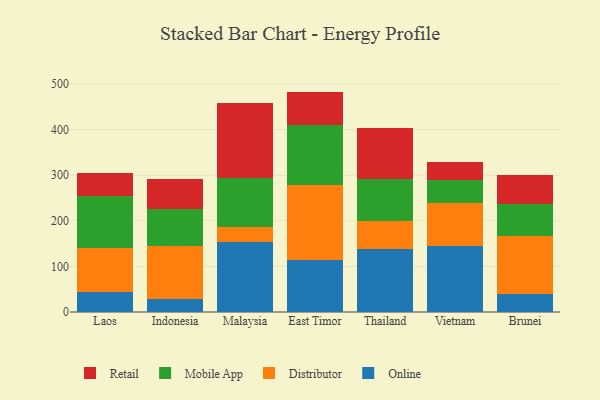
{"axis": {"x": "Country", "y": "Latency (ms)"}, "legend": ["Distributor", "Mobile App", "Online", "Retail"], "data": [{"x": "Laos", "y": 43.2, "type": "Online"}, {"x": "Laos", "y": 98.0, "type": "Distributor"}, {"x": "Laos", "y": 113.9, "type": "Mobile App"}, {"x": "Laos", "y": 49.6, "type": "Retail"}, {"x": "Indonesia", "y": 28.1, "type": "Online"}, {"x": "Indonesia", "y": 115.7, "type": "Distributor"}, {"x": "Indonesia", "y": 81.6, "type": "Mobile App"}, {"x": "Indonesia", "y": 66.9, "type": "Retail"}, {"x": "Malaysia", "y": 152.9, "type": "Online"}, {"x": "Malaysia", "y": 32.9, "type": "Distributor"}, {"x": "Malaysia", "y": 108.6, "type": "Mobile App"}, {"x": "Malaysia", "y": 162.9, "type": "Retail"}, {"x": "East Timor", "y": 114.0, "type": "Online"}, {"x": "East Timor", "y": 163.5, "type": "Distributor"}, {"x": "East Timor", "y": 132.0, "type": "Mobile App"}, {"x": "East Timor", "y": 73.8, "type": "Retail"}, {"x": "Thailand", "y": 137.2, "type": "Online"}, {"x": "Thailand", "y": 62.4, "type": "Distributor"}, {"x": "Thailand", "y": 92.8, "type": "Mobile App"}, {"x": "Thailand", "y": 111.8, "type": "Retail"}, {"x": "Vietnam", "y": 144.6, "type": "Online"}, {"x": "Vietnam", "y": 94.9, "type": "Distributor"}, {"x": "Vietnam", "y": 50.2, "type": "Mobile App"}, {"x": "Vietnam", "y": 38.2, "type": "Retail"}, {"x": "Brunei", "y": 39.1, "type": "Online"}, {"x": "Brunei", "y": 126.8, "type": "Distributor"}, {"x": "Brunei", "y": 71.7, "type": "Mobile App"}, {"x": "Brunei", "y": 63.1, "type": "Retail"}]}